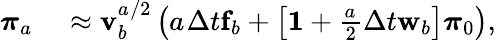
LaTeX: \begin{array}{rl}{\boldsymbol{\pi}_{a_{}}}&{{}\approx\mathbf{v}_{b}^{a_{}/2}\left(a_{}\Delta t{}\mathbf{f}_{b}+\left[\mathbf{1}{}+\frac{a_{}}{2}\Delta t{}\mathbf{w}_{b}\right]\boldsymbol{\pi}_{0}\right),}\end{array}